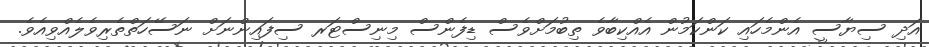
އަދި ސިޔާސީ އެންމެހައި ކަންކަމުން އެއްކިބާވެ ތިބުމަށްވެސް ޑިފެންސް މިނިސްޓަރ ސިފައިންނަށް ނަސޭހަތްތެރިވެލެއްވިއެވެ.